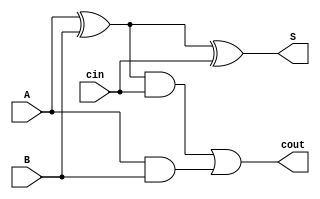
module fullAdder(A, B, cin, S, cout);
	input A, B, cin;
	output S, cout;
	assign cout = ((A ^ B) &cin) | (A & B);
	assign S = A ^ B ^ cin;
endmodule

module fourBitAdder(SW, LEDR);
	input [8:0] SW;
	output [4:0] LEDR;
	wire FA1to2, FA2to3, FA3to4;
	fullAdder FA1(SW[7], SW[3], SW[8], LEDR[3], FA1to2);
	fullAdder FA2(SW[6], SW[2], FA1to2, LEDR[2], FA2to3);
	fullAdder FA3(SW[5], SW[1], FA2to3, LEDR[1], FA3to4);
	fullAdder FA4(SW[4], SW[0], FA3to4, LEDR[0], LEDR[4]);
endmodule